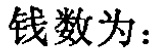
钱数为：